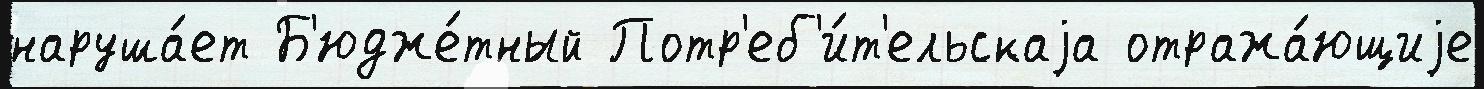
наруша́ет Б'юдже́тный Потр'еб'и́т'ельскаjа отража́ющиjе